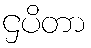
ဌပိတာ